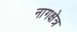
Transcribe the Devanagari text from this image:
नागक्षेत्र